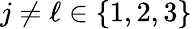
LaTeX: j\neq\ell\in\{ 1,2,3\}